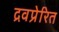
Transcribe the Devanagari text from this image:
द्रवप्रेरित